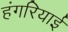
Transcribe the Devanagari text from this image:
हंगरियाई